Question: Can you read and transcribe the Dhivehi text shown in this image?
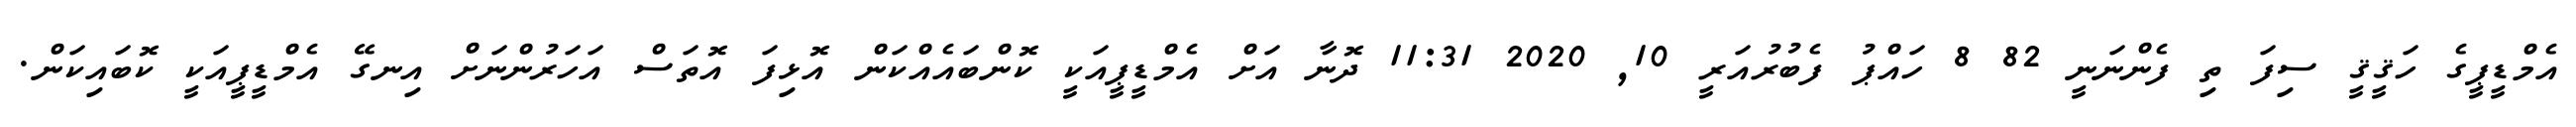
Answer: އެމްޑީޕީގެ ހަޤީޤީ ސިފަ ތި ފެންނަނީ 82 8 ހައްޕު ފެބުރުއަރީ 10, 2020 11:31 ދޮނާ އަށް އެމްޑީޕީއަކީ ކޮންބައެއްކަން އޮޅިފަ އޮތަސް އަހަރުންނަށް އިނގޭ އެމްޑީޕީއަކީ ކޮބައިކަން.